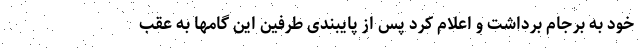
خود به برجام برداشت و اعلام کرد پس از پایبندی طرفین این گامها به عقب